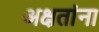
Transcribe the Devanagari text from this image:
अक्षतांना